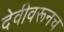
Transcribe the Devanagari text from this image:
देवीवरूनच